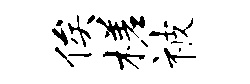
俟槎被